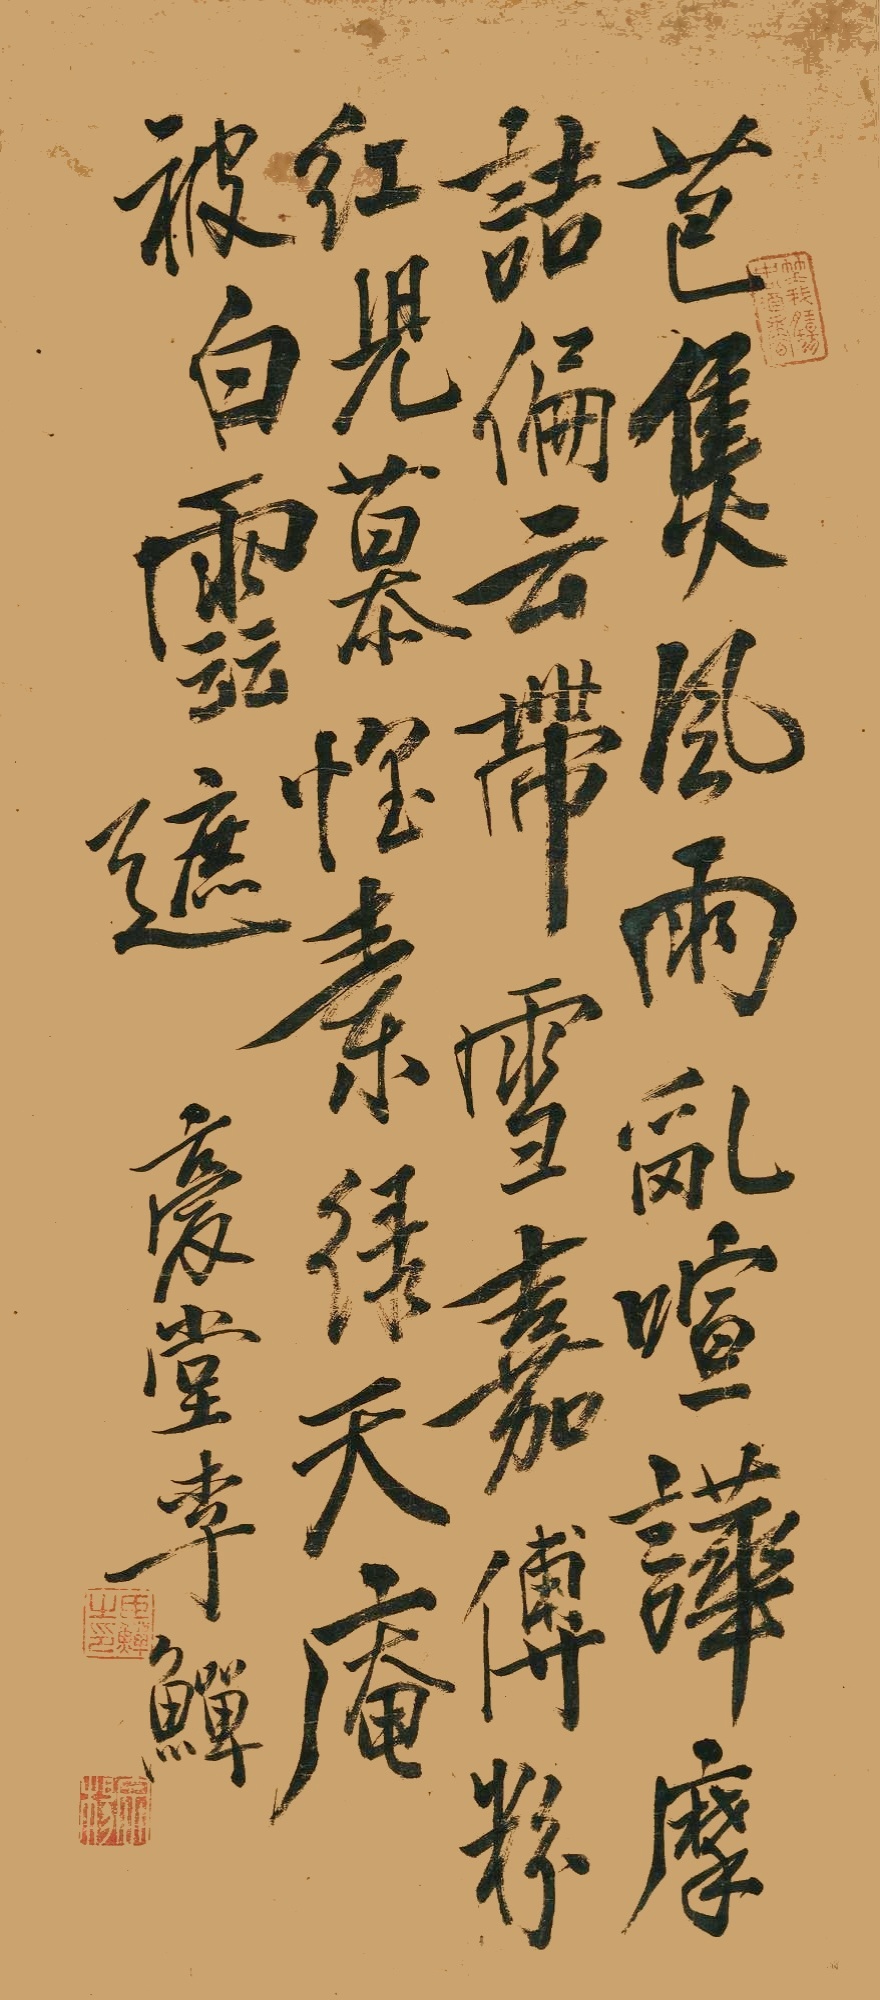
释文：芭蕉风雨乱喧哗，摩诘偏云带雪嘉。傅粉红儿慕惺素，绿天庵被白云遮。复堂李鱓。